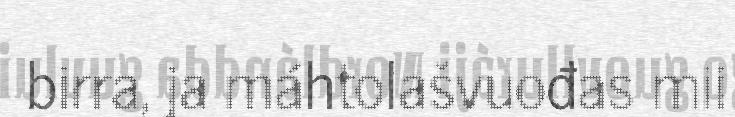
birra, ja máhtolašvuođas mii